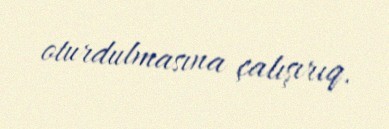
oturdulmasına çalışırıq.